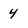
Character: 4